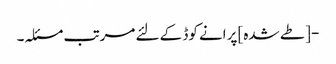
- [طے شدہ] پرانے کوڈ کے لئے مرتب مسئلہ۔